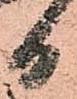
日